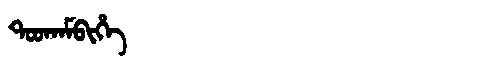
Manchu: ᡨᠣᠣᡴᠠᠮᠪᡳᡥᡝ
Romanization: TOOKAMBIHE